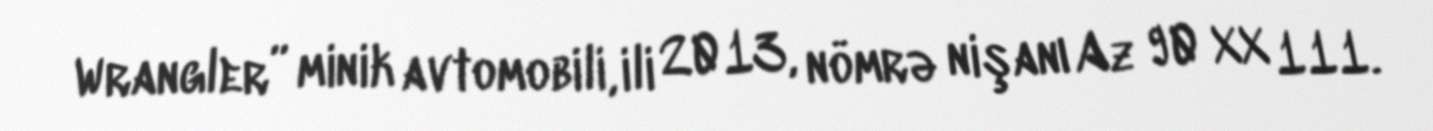
Wrangler” minik avtomobili, ili 2013, nömrə nişanı Az 90 XX 111.